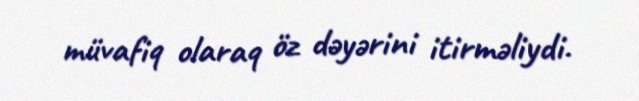
müvafiq olaraq öz dəyərini itirməliydi.